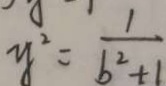
y ^ { 2 } = \frac { 1 } { b ^ { 2 } + 1 }